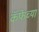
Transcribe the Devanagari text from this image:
कॅफेच्या